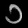
Digit: ၁